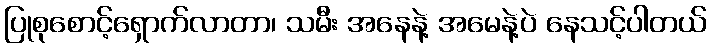
ပြုစုစောင့်ရှောက်လာတာ၊ သမီး အနေနဲ့ အမေနဲ့ပဲ နေသင့်ပါတယ်